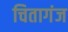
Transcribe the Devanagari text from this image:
चितागंज